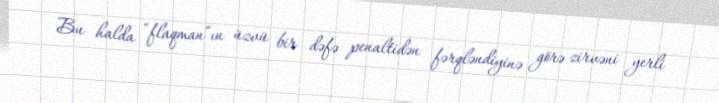
Bu halda “flaqman”ın üzvü bir dəfə penaltidən fərqləndiyinə görə zirvəni yerli